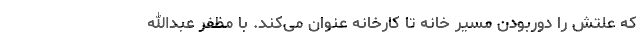
که علتش را دوربودن مسیر خانه تا کارخانه عنوان می‌کند. با مظفر عبدالله